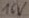
Text: 16V